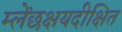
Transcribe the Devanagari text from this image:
म्लेंछक्षयदीक्षित